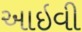
આઇવી